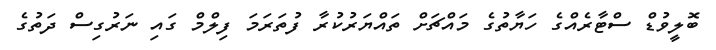
ބޮލީވުޑް ސްޓާރެއްގެ ހަޔާތުގެ މައްޗަށް ތައްޔަރުކުރާ ފުތަރަމަ ފިލްމް ގައި ނަރުގިސް ދަތުގެ